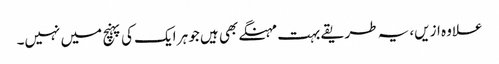
علاوہ ازیں، یہ طریقے بہت مہنگے بھی ہیں جو ہر ایک کی پہنچ میں نہیں۔